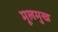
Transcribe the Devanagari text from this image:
मूलमुख